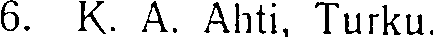
6. K. A. Ahti, Turku.